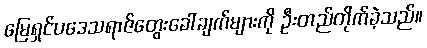
မြေရှင်ပဒေသရာဇ်တွေးခေါ်ချက်များကို ဦးတည်တိုက်ခဲ့သည်။